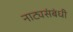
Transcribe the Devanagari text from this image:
नाट्यसंबंधी